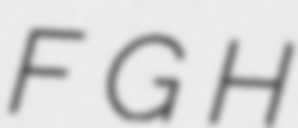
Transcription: F G H